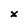
Character: x